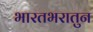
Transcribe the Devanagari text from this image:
भारतभरातुन